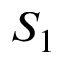
S _ { 1 }